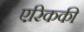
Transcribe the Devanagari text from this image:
एरिककी